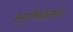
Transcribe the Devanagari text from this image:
सुवर्णमहोत्सवा